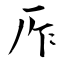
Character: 厏